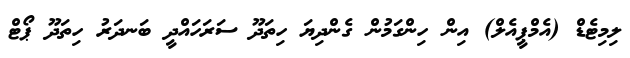
ލިމިޓެޑް (އެމްޕީއެލް) އިން ހިންގަމުން ގެންދިޔަ ހިތަދޫ ސަރަހައްދީ ބަނދަރު ހިތަދޫ ޕޯޓް